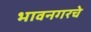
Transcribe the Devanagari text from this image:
भावनगरचे